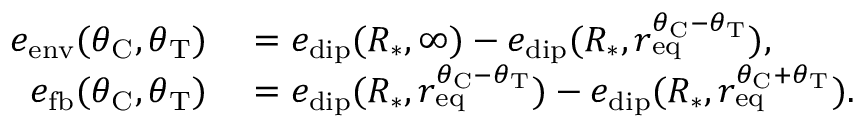
\begin{array} { r l } { e _ { \mathrm { e n v } } ( \theta _ { \mathrm { C } } , \theta _ { \mathrm { T } } ) } & { { } = e _ { \mathrm { d i p } } ( R _ { * } , \infty ) - e _ { \mathrm { d i p } } ( R _ { * } , r _ { \mathrm { e q } } ^ { \theta _ { \mathrm { C } } - \theta _ { \mathrm { T } } } ) , } \\ { e _ { \mathrm { f b } } ( \theta _ { \mathrm { C } } , \theta _ { \mathrm { T } } ) } & { { } = e _ { \mathrm { d i p } } ( R _ { * } , r _ { \mathrm { e q } } ^ { \theta _ { \mathrm { C } } - \theta _ { \mathrm { T } } } ) - e _ { \mathrm { d i p } } ( R _ { * } , r _ { \mathrm { e q } } ^ { \theta _ { \mathrm { C } } + \theta _ { \mathrm { T } } } ) . } \end{array}